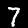
Label: 7